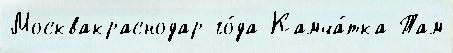
Москвакраснодар го́да Камча́тка Там